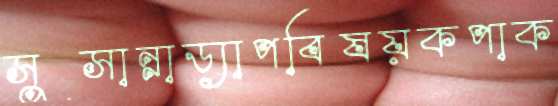
সুসান্নাড্যাপবিষয়কপাক